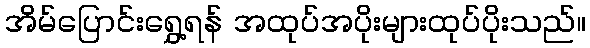
အိမ်ပြောင်းရွှေ့ရန် အထုပ်အပိုးများထုပ်ပိုးသည်။